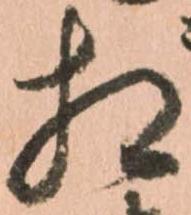
相